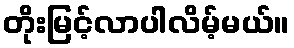
တိုးမြင့်လာပါလိမ့်မယ်။